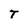
Character: T